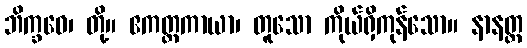
ဘိက္ခဝေ၊ တို့။ ဧကတ္တကာယာ၊ တူသော ကိုယ်ရှိကုန်သော။ နာနတ္တ